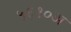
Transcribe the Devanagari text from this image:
५६१०अ